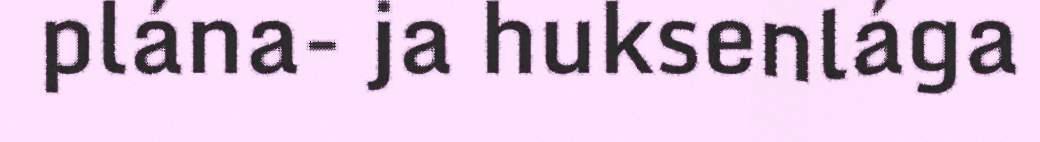
plána- ja huksenlága